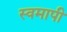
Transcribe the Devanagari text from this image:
स्वमापी